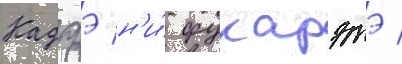
Кадзэ н'и́ фукарэтэ /